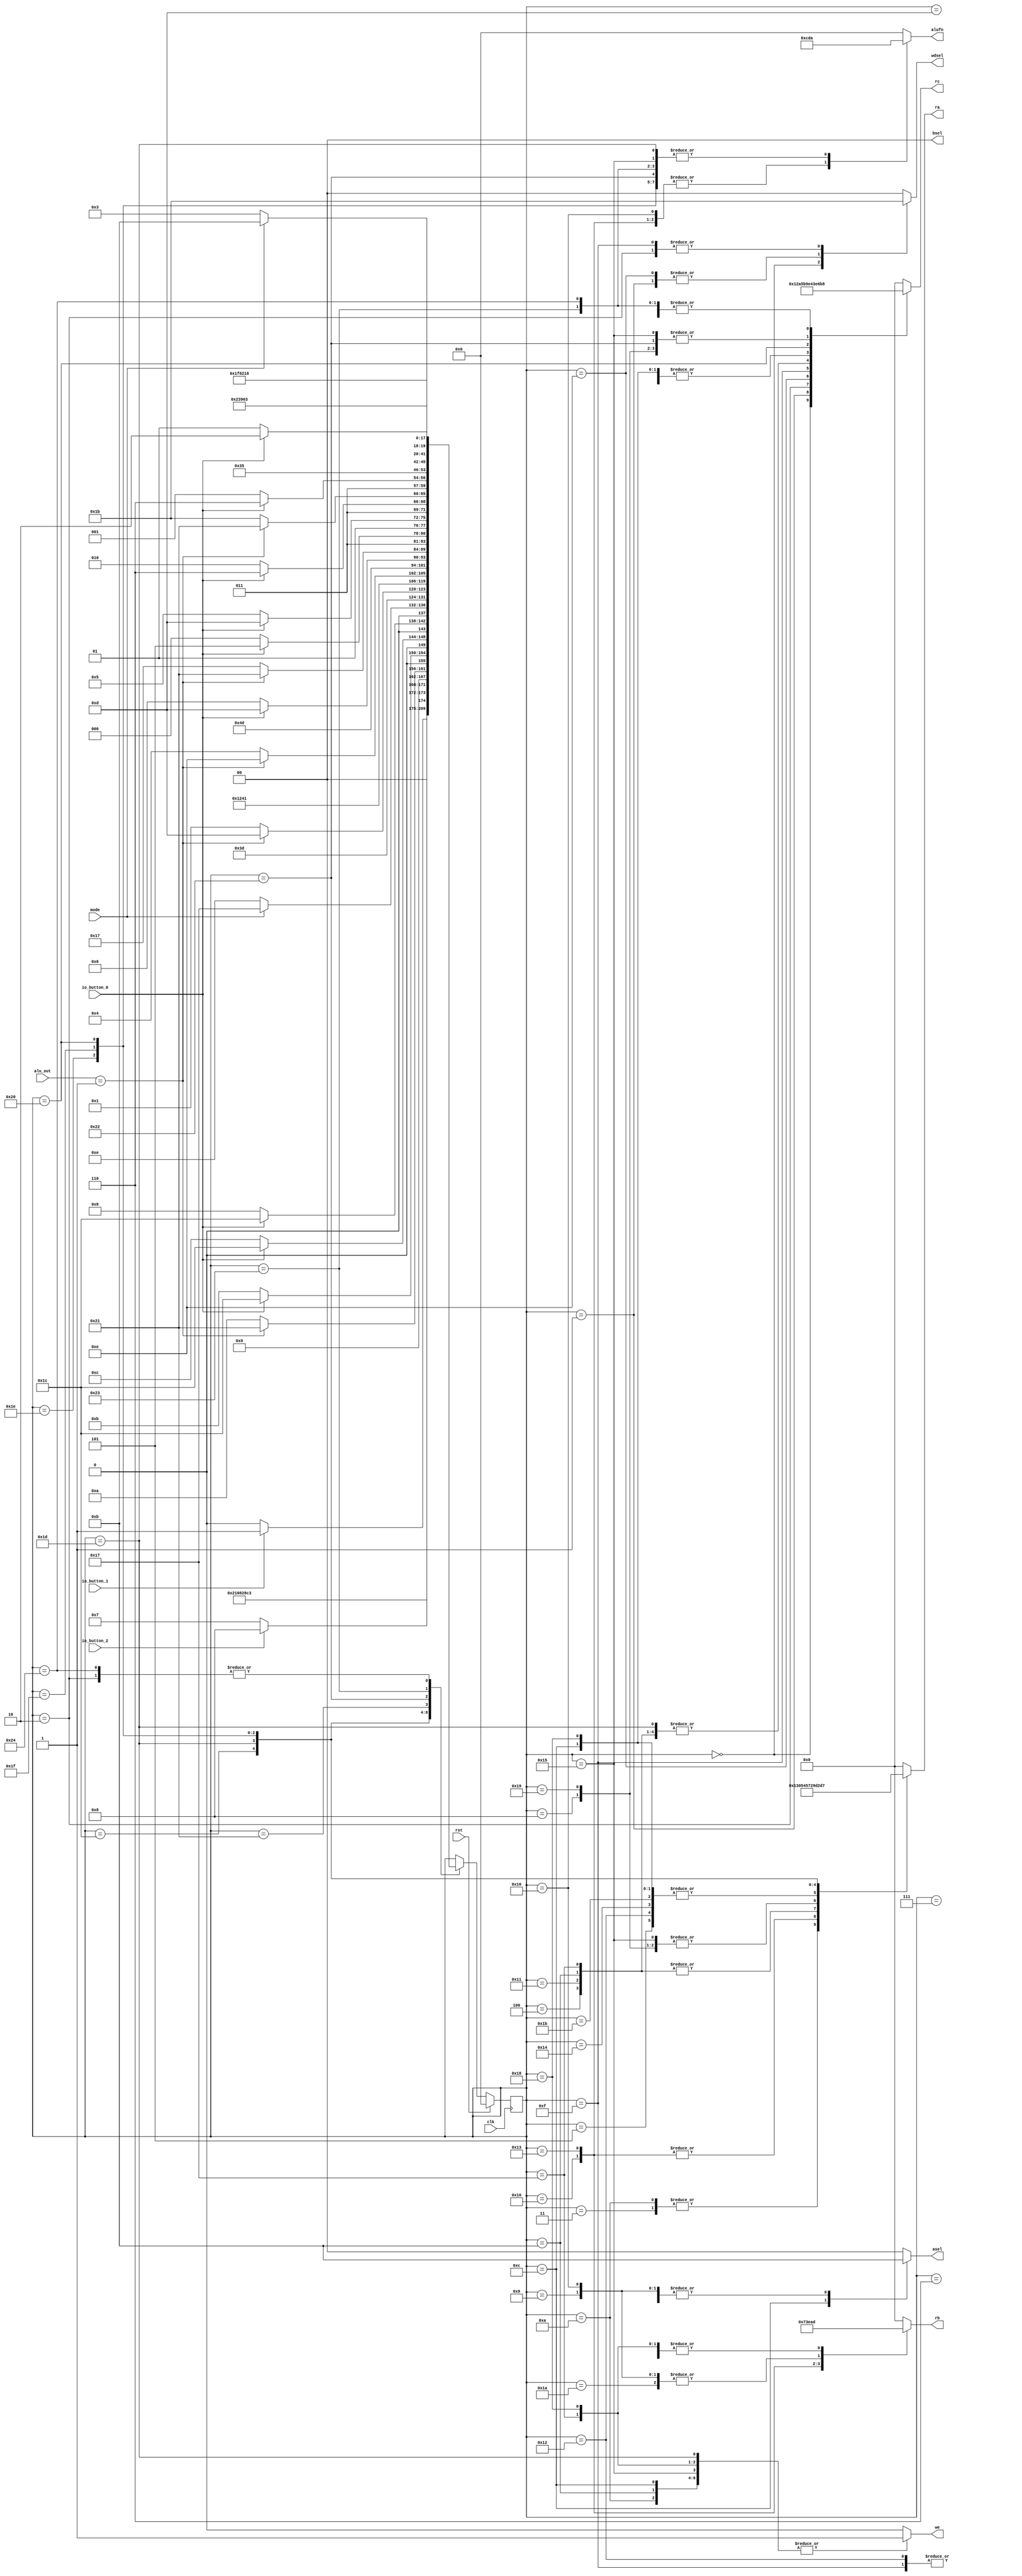
/*
   This file was generated automatically by Alchitry Labs version 1.2.7.
   Do not edit this file directly. Instead edit the original Lucid source.
   This is a temporary file and any changes made to it will be destroyed.
*/

module control_unit_12 (
    input clk,
    input rst,
    input io_button_0,
    input io_button_1,
    input io_button_2,
    input [15:0] alu_out,
    input mode,
    output reg [5:0] alufn,
    output reg [1:0] asel,
    output reg [1:0] bsel,
    output reg [1:0] wdsel,
    output reg [0:0] we,
    output reg [4:0] ra,
    output reg [4:0] rb,
    output reg [4:0] rc
  );
  
  
  
  localparam START_SET_A_machine_state = 6'd0;
  localparam START_SET_B_machine_state = 6'd1;
  localparam START_SET_C_machine_state = 6'd2;
  localparam START_A_machine_state = 6'd3;
  localparam START_B_machine_state = 6'd4;
  localparam START_C_machine_state = 6'd5;
  localparam CHECK_COIN_machine_state = 6'd6;
  localparam CHECK_LEVER_machine_state = 6'd7;
  localparam DISPLAY_TIMER_machine_state = 6'd8;
  localparam CHECK_TIMER_machine_state = 6'd9;
  localparam ROLL_A_machine_state = 6'd10;
  localparam ROLL_B_machine_state = 6'd11;
  localparam ROLL_C_machine_state = 6'd12;
  localparam STOP_machine_state = 6'd13;
  localparam STORE_STOP_B_machine_state = 6'd14;
  localparam STORE_STOP_C_machine_state = 6'd15;
  localparam CHECK_STOP_B_machine_state = 6'd16;
  localparam SECOND_ROLL_B_0_machine_state = 6'd17;
  localparam SECOND_ROLL_C_0_machine_state = 6'd18;
  localparam CHECK_STOP_C_machine_state = 6'd19;
  localparam LAST_ROLL_C_0_machine_state = 6'd20;
  localparam DISPLAY_TIMER_2_machine_state = 6'd21;
  localparam CHECK_TIMER_2_machine_state = 6'd22;
  localparam SECOND_ROLL_B_1_machine_state = 6'd23;
  localparam SECOND_ROLL_C_1_machine_state = 6'd24;
  localparam DISPLAY_TIMER_3_machine_state = 6'd25;
  localparam CHECK_TIMER_3_machine_state = 6'd26;
  localparam LAST_ROLL_C_1_machine_state = 6'd27;
  localparam DISPLAY_STOPPED_A_machine_state = 6'd28;
  localparam DISPLAY_STOPPED_B_machine_state = 6'd29;
  localparam DISPLAY_STOPPED_C_machine_state = 6'd30;
  localparam DISPLAY_SCORE_1_machine_state = 6'd31;
  localparam DISPLAY_SCORE_2_machine_state = 6'd32;
  localparam END_machine_state = 6'd33;
  localparam RESET_TIMER_machine_state = 6'd34;
  localparam RESET_SCORE_1_machine_state = 6'd35;
  localparam RESET_SCORE_2_machine_state = 6'd36;
  
  reg [5:0] M_machine_state_d, M_machine_state_q = START_SET_A_machine_state;
  
  always @* begin
    M_machine_state_d = M_machine_state_q;
    
    alufn = 1'h0;
    asel = 1'h0;
    bsel = 1'h0;
    wdsel = 1'h0;
    we = 1'h0;
    ra = 1'h0;
    rb = 1'h0;
    rc = 1'h0;
    
    case (M_machine_state_q)
      START_SET_A_machine_state: begin
        alufn = 6'h00;
        asel = 2'h0;
        bsel = 2'h0;
        wdsel = 2'h1;
        we = 1'h1;
        ra = 1'h0;
        rb = 1'h0;
        rc = 4'h9;
        M_machine_state_d = START_SET_B_machine_state;
      end
      START_SET_B_machine_state: begin
        alufn = 6'h00;
        asel = 2'h0;
        bsel = 2'h0;
        wdsel = 2'h2;
        we = 1'h1;
        ra = 1'h0;
        rb = 1'h0;
        rc = 4'ha;
        M_machine_state_d = START_SET_C_machine_state;
      end
      START_SET_C_machine_state: begin
        alufn = 6'h00;
        asel = 2'h0;
        bsel = 2'h0;
        wdsel = 2'h3;
        we = 1'h1;
        ra = 1'h0;
        rb = 1'h0;
        rc = 4'hb;
        M_machine_state_d = START_A_machine_state;
      end
      START_A_machine_state: begin
        alufn = 6'h1a;
        asel = 2'h0;
        bsel = 2'h0;
        wdsel = 2'h0;
        we = 1'h1;
        ra = 4'h9;
        rb = 1'h0;
        rc = 4'h0;
        M_machine_state_d = START_B_machine_state;
      end
      START_B_machine_state: begin
        alufn = 6'h1a;
        asel = 2'h0;
        bsel = 2'h0;
        wdsel = 2'h0;
        we = 1'h1;
        ra = 4'ha;
        rb = 1'h0;
        rc = 4'h4;
        M_machine_state_d = START_C_machine_state;
      end
      START_C_machine_state: begin
        alufn = 6'h1a;
        asel = 2'h0;
        bsel = 2'h0;
        wdsel = 2'h0;
        we = 1'h1;
        ra = 4'hb;
        rb = 1'h0;
        rc = 4'h7;
        M_machine_state_d = CHECK_COIN_machine_state;
      end
      CHECK_COIN_machine_state: begin
        if (io_button_1) begin
          M_machine_state_d = CHECK_LEVER_machine_state;
        end else begin
          M_machine_state_d = CHECK_COIN_machine_state;
        end
      end
      CHECK_LEVER_machine_state: begin
        if (io_button_2) begin
          M_machine_state_d = DISPLAY_TIMER_machine_state;
        end else begin
          M_machine_state_d = CHECK_LEVER_machine_state;
        end
      end
      DISPLAY_TIMER_machine_state: begin
        alufn = 6'h1a;
        asel = 2'h0;
        bsel = 2'h0;
        wdsel = 2'h0;
        we = 1'h1;
        ra = 8'h11;
        rb = 4'h0;
        rc = 8'h15;
        M_machine_state_d = CHECK_TIMER_machine_state;
      end
      CHECK_TIMER_machine_state: begin
        alufn = 6'h33;
        asel = 2'h3;
        bsel = 2'h0;
        wdsel = 2'h0;
        we = 1'h0;
        ra = 4'h0;
        rb = 8'h15;
        rc = 4'h0;
        if (alu_out == 16'h0001) begin
          M_machine_state_d = END_machine_state;
        end else begin
          M_machine_state_d = ROLL_A_machine_state;
        end
      end
      ROLL_A_machine_state: begin
        alufn = 6'h00;
        asel = 2'h0;
        bsel = 2'h0;
        wdsel = 2'h0;
        we = 1'h1;
        ra = 4'h9;
        rb = 4'hd;
        rc = 4'h0;
        if (io_button_0) begin
          M_machine_state_d = DISPLAY_STOPPED_A_machine_state;
        end else begin
          M_machine_state_d = ROLL_B_machine_state;
        end
      end
      ROLL_B_machine_state: begin
        alufn = 6'h00;
        asel = 2'h0;
        bsel = 2'h0;
        wdsel = 2'h0;
        we = 1'h1;
        ra = 4'ha;
        rb = 4'hd;
        rc = 4'h4;
        if (io_button_0) begin
          M_machine_state_d = DISPLAY_STOPPED_A_machine_state;
        end else begin
          M_machine_state_d = ROLL_C_machine_state;
        end
      end
      ROLL_C_machine_state: begin
        alufn = 6'h00;
        asel = 2'h2;
        bsel = 2'h0;
        wdsel = 2'h0;
        we = 1'h1;
        ra = 4'hb;
        rb = 4'hd;
        rc = 4'h7;
        if (io_button_0) begin
          M_machine_state_d = DISPLAY_STOPPED_A_machine_state;
        end else begin
          M_machine_state_d = DISPLAY_TIMER_machine_state;
        end
      end
      STOP_machine_state: begin
        alufn = 6'h00;
        asel = 2'h0;
        bsel = 2'h0;
        wdsel = 2'h0;
        we = 1'h0;
        ra = 4'h0;
        rb = 4'h0;
        rc = 4'h0;
        if (mode == 1'h1) begin
          M_machine_state_d = SECOND_ROLL_B_1_machine_state;
        end else begin
          M_machine_state_d = STORE_STOP_B_machine_state;
        end
      end
      STORE_STOP_B_machine_state: begin
        alufn = 6'h00;
        asel = 2'h0;
        bsel = 2'h0;
        wdsel = 2'h2;
        we = 1'h1;
        ra = 1'h0;
        rb = 1'h0;
        rc = 4'he;
        M_machine_state_d = STORE_STOP_C_machine_state;
      end
      STORE_STOP_C_machine_state: begin
        alufn = 6'h00;
        asel = 2'h0;
        bsel = 2'h0;
        wdsel = 2'h3;
        we = 1'h1;
        ra = 1'h0;
        rb = 1'h0;
        rc = 4'hf;
        M_machine_state_d = CHECK_STOP_B_machine_state;
      end
      CHECK_STOP_B_machine_state: begin
        alufn = 6'h33;
        asel = 2'h0;
        bsel = 2'h0;
        wdsel = 2'h0;
        we = 1'h0;
        ra = 8'h10;
        rb = 4'he;
        rc = 4'h0;
        if (alu_out == 16'h0001) begin
          M_machine_state_d = DISPLAY_STOPPED_B_machine_state;
        end else begin
          M_machine_state_d = SECOND_ROLL_B_0_machine_state;
        end
      end
      SECOND_ROLL_B_0_machine_state: begin
        alufn = 6'h00;
        asel = 2'h0;
        bsel = 2'h0;
        wdsel = 2'h0;
        we = 1'h1;
        ra = 4'ha;
        rb = 4'hd;
        rc = 4'h4;
        M_machine_state_d = SECOND_ROLL_C_0_machine_state;
      end
      SECOND_ROLL_C_0_machine_state: begin
        alufn = 6'h00;
        asel = 2'h0;
        bsel = 2'h0;
        wdsel = 2'h0;
        we = 1'h1;
        ra = 4'hb;
        rb = 4'hd;
        rc = 4'h7;
        M_machine_state_d = CHECK_STOP_B_machine_state;
      end
      CHECK_STOP_C_machine_state: begin
        alufn = 6'h33;
        asel = 2'h0;
        bsel = 2'h0;
        wdsel = 2'h0;
        we = 1'h0;
        ra = 8'h10;
        rb = 4'hf;
        rc = 4'h0;
        if (alu_out == 16'h0001) begin
          M_machine_state_d = DISPLAY_STOPPED_C_machine_state;
        end else begin
          M_machine_state_d = LAST_ROLL_C_0_machine_state;
        end
      end
      LAST_ROLL_C_0_machine_state: begin
        alufn = 6'h00;
        asel = 2'h0;
        bsel = 2'h0;
        wdsel = 2'h0;
        we = 1'h1;
        ra = 4'hb;
        rb = 4'hd;
        rc = 4'h7;
        M_machine_state_d = CHECK_STOP_C_machine_state;
      end
      DISPLAY_TIMER_2_machine_state: begin
        alufn = 6'h1a;
        asel = 2'h0;
        bsel = 2'h0;
        wdsel = 2'h0;
        we = 1'h1;
        ra = 8'h11;
        rb = 4'h0;
        rc = 8'h15;
        if (io_button_0) begin
          M_machine_state_d = DISPLAY_STOPPED_B_machine_state;
        end else begin
          M_machine_state_d = CHECK_TIMER_2_machine_state;
        end
      end
      CHECK_TIMER_2_machine_state: begin
        alufn = 6'h33;
        asel = 2'h3;
        bsel = 2'h0;
        wdsel = 2'h0;
        we = 1'h0;
        ra = 4'h0;
        rb = 8'h15;
        rc = 4'h0;
        if (alu_out == 16'h0001) begin
          M_machine_state_d = END_machine_state;
        end else begin
          M_machine_state_d = SECOND_ROLL_B_1_machine_state;
        end
      end
      SECOND_ROLL_B_1_machine_state: begin
        alufn = 6'h00;
        asel = 2'h0;
        bsel = 2'h0;
        wdsel = 2'h0;
        we = 1'h1;
        ra = 4'ha;
        rb = 4'hd;
        rc = 4'h4;
        if (io_button_0) begin
          M_machine_state_d = DISPLAY_STOPPED_B_machine_state;
        end else begin
          M_machine_state_d = SECOND_ROLL_C_1_machine_state;
        end
      end
      SECOND_ROLL_C_1_machine_state: begin
        alufn = 6'h00;
        asel = 2'h0;
        bsel = 2'h0;
        wdsel = 2'h0;
        we = 1'h1;
        ra = 4'hb;
        rb = 4'hd;
        rc = 4'h7;
        if (io_button_0) begin
          M_machine_state_d = DISPLAY_STOPPED_B_machine_state;
        end else begin
          M_machine_state_d = DISPLAY_TIMER_2_machine_state;
        end
      end
      DISPLAY_TIMER_3_machine_state: begin
        alufn = 6'h1a;
        asel = 2'h0;
        bsel = 2'h0;
        wdsel = 2'h0;
        we = 1'h1;
        ra = 8'h11;
        rb = 4'h0;
        rc = 8'h15;
        if (io_button_0) begin
          M_machine_state_d = DISPLAY_STOPPED_C_machine_state;
        end else begin
          M_machine_state_d = CHECK_TIMER_3_machine_state;
        end
      end
      CHECK_TIMER_3_machine_state: begin
        alufn = 6'h33;
        asel = 2'h3;
        bsel = 2'h0;
        wdsel = 2'h0;
        we = 1'h0;
        ra = 4'h0;
        rb = 8'h15;
        rc = 4'h0;
        if (alu_out == 16'h0001) begin
          M_machine_state_d = END_machine_state;
        end else begin
          M_machine_state_d = LAST_ROLL_C_1_machine_state;
        end
      end
      LAST_ROLL_C_1_machine_state: begin
        alufn = 6'h00;
        asel = 2'h0;
        bsel = 2'h0;
        wdsel = 2'h0;
        we = 1'h1;
        ra = 4'hb;
        rb = 4'hd;
        rc = 4'h7;
        if (io_button_0) begin
          M_machine_state_d = DISPLAY_STOPPED_C_machine_state;
        end else begin
          M_machine_state_d = DISPLAY_TIMER_3_machine_state;
        end
      end
      DISPLAY_STOPPED_A_machine_state: begin
        alufn = 6'h1a;
        asel = 2'h0;
        bsel = 2'h0;
        wdsel = 2'h0;
        we = 1'h1;
        ra = 8'h12;
        rb = 4'h0;
        rc = 4'h0;
        M_machine_state_d = STOP_machine_state;
      end
      DISPLAY_STOPPED_B_machine_state: begin
        alufn = 6'h1a;
        asel = 2'h0;
        bsel = 2'h0;
        wdsel = 2'h0;
        we = 1'h1;
        ra = 8'h13;
        rb = 4'h0;
        rc = 4'h4;
        if (mode == 1'h1) begin
          M_machine_state_d = LAST_ROLL_C_1_machine_state;
        end else begin
          M_machine_state_d = CHECK_STOP_C_machine_state;
        end
      end
      DISPLAY_STOPPED_C_machine_state: begin
        alufn = 6'h1a;
        asel = 2'h0;
        bsel = 2'h0;
        wdsel = 2'h0;
        we = 1'h1;
        ra = 8'h14;
        rb = 4'h0;
        rc = 4'h7;
        M_machine_state_d = DISPLAY_SCORE_1_machine_state;
      end
      DISPLAY_SCORE_1_machine_state: begin
        alufn = 6'h1a;
        asel = 2'h0;
        bsel = 2'h0;
        wdsel = 2'h0;
        we = 1'h1;
        ra = 8'h16;
        rb = 4'h0;
        rc = 8'h18;
        M_machine_state_d = DISPLAY_SCORE_2_machine_state;
      end
      DISPLAY_SCORE_2_machine_state: begin
        alufn = 6'h1a;
        asel = 2'h0;
        bsel = 2'h0;
        wdsel = 2'h0;
        we = 1'h1;
        ra = 8'h17;
        rb = 4'h0;
        rc = 8'h19;
        M_machine_state_d = END_machine_state;
      end
      END_machine_state: begin
        if (io_button_0) begin
          M_machine_state_d = RESET_TIMER_machine_state;
        end else begin
          M_machine_state_d = END_machine_state;
        end
      end
      RESET_TIMER_machine_state: begin
        alufn = 6'h1a;
        asel = 2'h3;
        bsel = 2'h0;
        wdsel = 2'h0;
        we = 1'h1;
        ra = 4'h0;
        rb = 4'h0;
        rc = 8'h15;
        M_machine_state_d = RESET_SCORE_1_machine_state;
      end
      RESET_SCORE_1_machine_state: begin
        alufn = 6'h1a;
        asel = 2'h3;
        bsel = 2'h0;
        wdsel = 2'h0;
        we = 1'h1;
        ra = 4'h0;
        rb = 4'h0;
        rc = 8'h18;
        M_machine_state_d = RESET_SCORE_2_machine_state;
      end
      RESET_SCORE_2_machine_state: begin
        alufn = 6'h1a;
        asel = 2'h3;
        bsel = 2'h0;
        wdsel = 2'h0;
        we = 1'h1;
        ra = 4'h0;
        rb = 4'h0;
        rc = 8'h18;
        M_machine_state_d = START_A_machine_state;
      end
    endcase
  end
  
  always @(posedge clk) begin
    if (rst == 1'b1) begin
      M_machine_state_q <= 1'h0;
    end else begin
      M_machine_state_q <= M_machine_state_d;
    end
  end
  
endmodule